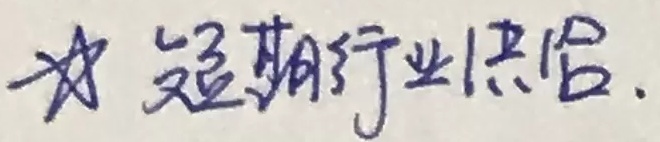
☆ 短期行业供给.